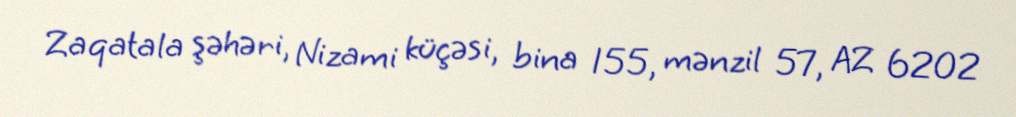
Zaqatala şəhəri, Nizami küçəsi, bina 155, mənzil 57, AZ 6202